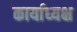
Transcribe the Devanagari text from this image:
कार्याध्‍यक्ष